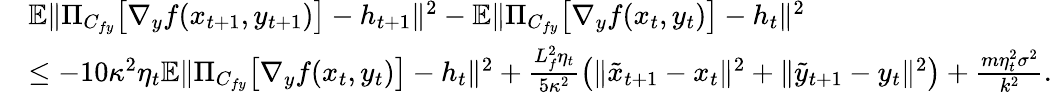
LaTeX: \begin{array}{rl}&{\mathbb{E}\| \Pi_{C_{fy}}\big[\nabla_{y}f(x_{t+1},y_{t+1})\big]-h_{t+1}\| ^{2}-\mathbb{E}\| \Pi_{C_{fy}}\big[\nabla_{y}f(x_{t},y_{t})\big]-h_{t}\| ^{2}}\\ &{\leq-10\kappa^{2}\eta_{t}\mathbb{E}\| \Pi_{C_{fy}}\big[\nabla_{y}f(x_{t},y_{t})\big]-h_{t}\| ^{2}+\frac{L_{f}^{2}\eta_{t}}{5\kappa^{2}}\big(\| \tilde{x}_{t+1}-x_{t}\| ^{2}+\| \tilde{y}_{t+1}-y_{t}\| ^{2}\big)+\frac{m\eta_{t}^{2}\sigma^{2}}{k^{2}}.}\end{array}